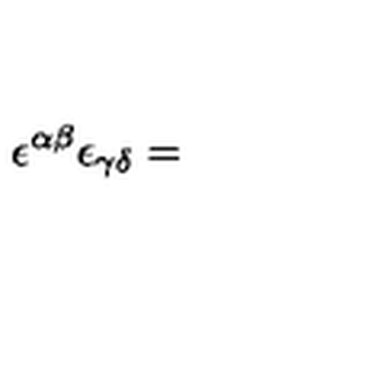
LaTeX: \epsilon ^ { \alpha \beta } \epsilon _ { \gamma \delta } =